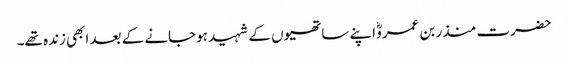
حضرت منذر بن عمروؓ اپنے ساتھیوں کے شہید ہوجانے کے بعد ابھی زندہ تھے۔